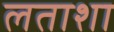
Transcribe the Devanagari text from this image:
लताशा